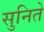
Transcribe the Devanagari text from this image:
सुनिते